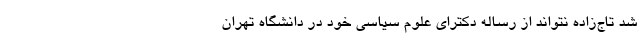
شد تاج‌زاده نتواند از رساله دکترای علوم سیاسی خود در دانشگاه تهران